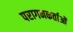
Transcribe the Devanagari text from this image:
परागनकर्ताओं